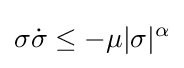
\sigma {\dot {\sigma }}\leq -\mu |\sigma |^{\alpha }